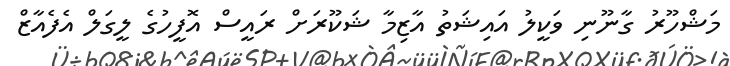
މަޝްހޫރު ގާނޫނި ވަކީލު އައިޝަތު އާޒިމާ ޝަކޫރަށް ރައީސް އޮފީހުގެ ލީގަލް އެފެއާޒް